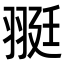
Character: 𦐿